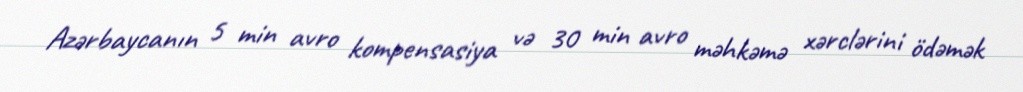
Azərbaycanın 5 min avro kompensasiya və 30 min avro məhkəmə xərclərini ödəmək